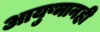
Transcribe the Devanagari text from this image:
आयुष्मानही